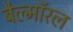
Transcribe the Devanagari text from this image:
बैल्मॉरल